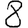
Digit: 8